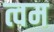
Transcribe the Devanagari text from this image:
त्वम